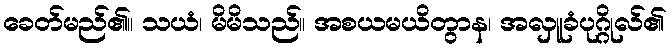
ခေတ်မည်၏။ သယံ၊ မိမိသည်။ အစယမယိတွာန၊ အလှူခံပုဂ္ဂိုလ်၏